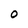
Character: 0